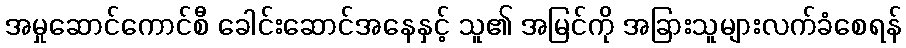
အမှုဆောင်ကောင်စီ ခေါင်းဆောင်အနေနှင့် သူ၏ အမြင်ကို အခြားသူများလက်ခံစေရန်